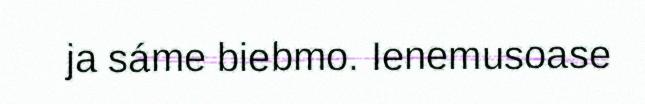
ja sáme biebmo. Ienemusoase